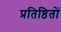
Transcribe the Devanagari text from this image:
प्रतिष्ठितों